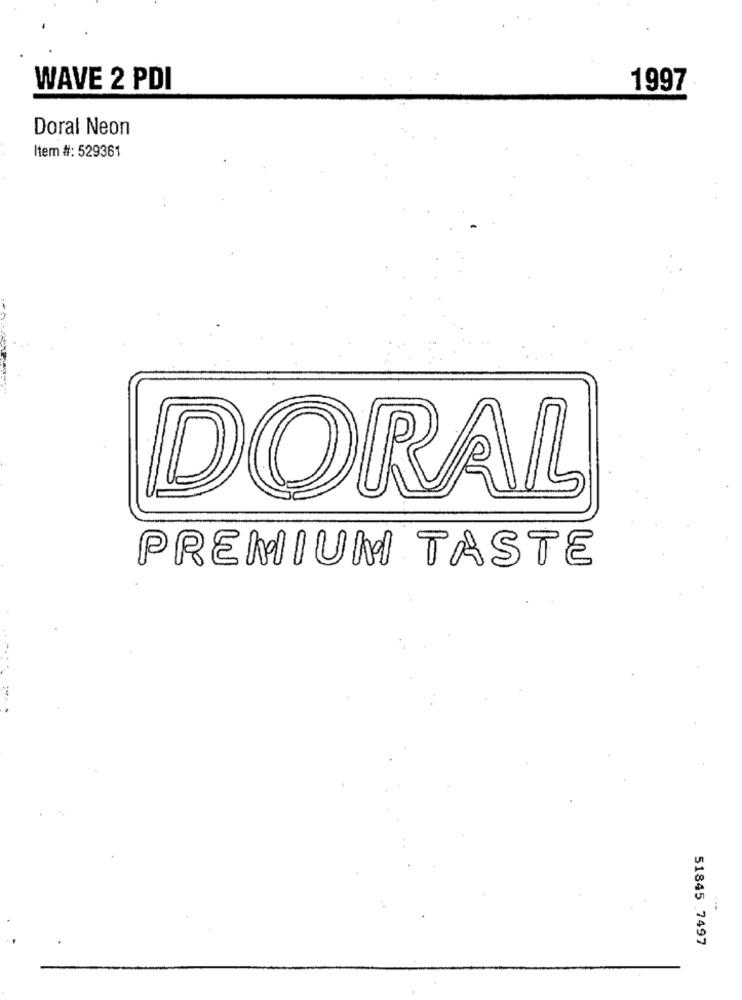
WAVE 2 PDI
1997
Doral Neon
Item #: 529361
DORAL
PREMIUM TASTE
...
51845 7497